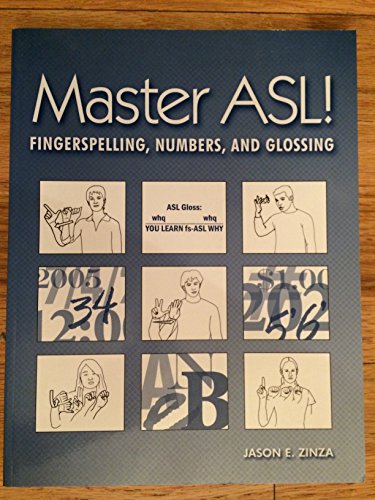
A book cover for Master ASL: Fingerspelling, Numbers, And Glossing; Jason E. Zinza; Teen & Young Adult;